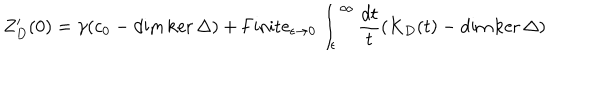
LaTeX: Z _ { D } ^ { \prime } ( 0 ) = \gamma ( c _ { 0 } - \dim \ker \Delta ) + \mathrm { F i n i t e } _ { \epsilon \to 0 } \int _ { \epsilon } ^ { \infty } { \frac { d t } { t } } ( K _ { D } ( t ) - \dim \ker \Delta )